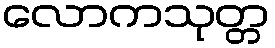
လောကသုတ္တ